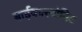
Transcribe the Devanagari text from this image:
बाईकारबोनिट